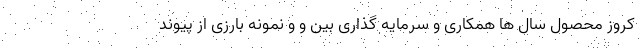
کروز محصول سال ها همکاری و سرمایه گذاری بین و و نمونه بارزی از پیوند